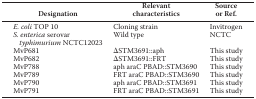
<table><thead><tr><td><b>Designation</b></td><td><b>Relevant characteristics</b></td><td><b>Source or Ref.</b></td></tr></thead><tbody><tr><td><i>E. coli</i> TOP 10</td><td>Cloning strain</td><td>Invitrogen</td></tr><tr><td><i>S. enterica</i> serovar <i>typhimurium</i> NCTC12023</td><td>Wild type</td><td>NCTC</td></tr><tr><td>MvP681</td><td>ΔSTM3691::aph</td><td>This study</td></tr><tr><td>MvP682</td><td>ΔSTM3691::FRT</td><td>This study</td></tr><tr><td>MvP788</td><td>aph araC PBAD::STM3690</td><td>This study</td></tr><tr><td>MvP789</td><td>FRT araC PBAD::STM3690</td><td>This study</td></tr><tr><td>MvP790</td><td>aph araC PBAD::STM3691</td><td>This study</td></tr><tr><td>MvP791</td><td>FRT araC PBAD::STM3691</td><td>This study</td></tr></tbody></table>